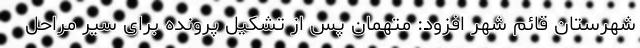
شهرستان قائم شهر افزود: متهمان پس از تشکیل پرونده برای سیر مراحل